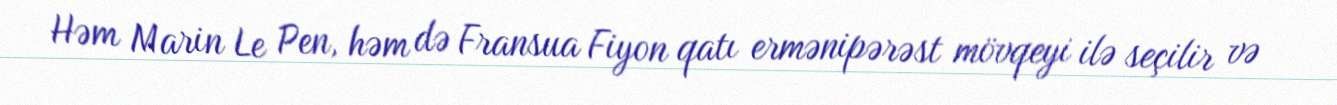
Həm Marin Le Pen, həm də Fransua Fiyon qatı ermənipərəst mövqeyi ilə seçilir və